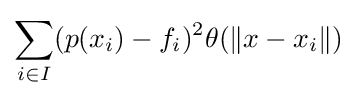
\sum _{i\in I}(p(x_{i})-f_{i})^{2}\theta (\|x-x_{i}\|)